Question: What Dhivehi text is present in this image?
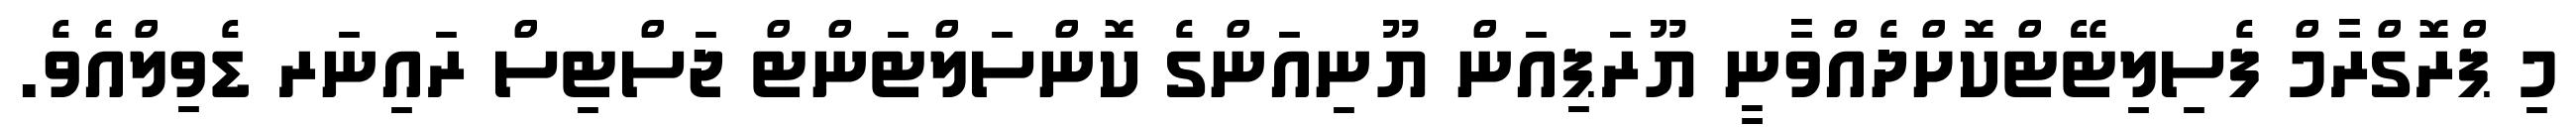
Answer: މި ޕްރޮގްރާމް ފެސިލިޓޭޓްކޮށްދެއްވާނީ ޔޫރަޕިއަން ޔޫނިއަންގެ ކޮންސަލްޓަންޓް ޖަސްޓިސް ރައިނަރ ޑެވިލްއެވެ.